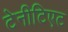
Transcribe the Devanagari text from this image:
टेनीटिएट